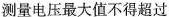
测量电压最大值不得超过